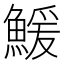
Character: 鰀